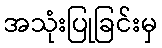
အသုံးပြုခြင်းမှ